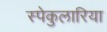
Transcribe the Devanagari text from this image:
स्पेकुलारिया